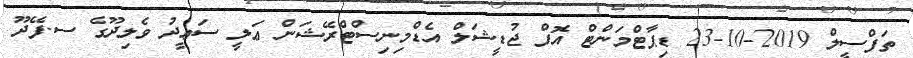
ތަފްސީލް 2019-10-23 ޑިޕާޓްމަންޓް އޮފް ޖުޑީޝަލް އެޑްމިނިސްޓްރޭޝަން ޢަލީ ސަޢީދު ވެލިދޫގެ ސ.ފޭދޫ